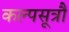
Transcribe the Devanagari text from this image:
कल्पसूत्रौं